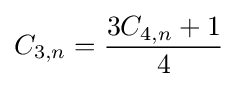
C_{3,n}={\frac {3C_{4,n}+1}{4}}